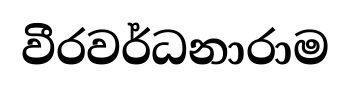
වීරවර්ධනාරාම